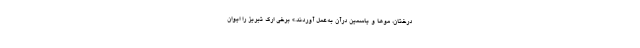
درختان، موها و ياسمين درآن به‌عمل آوردند.» برخی ارگ تبریز را ایوان